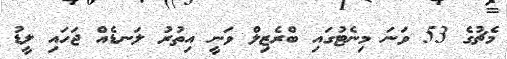
މެޗުގެ 53 ވަނަ މިނެޓުގައި ބްރެޒިލް ވަނީ އިތުރު ލަނޑެއް ޖަހައި ލީޑު